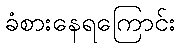
ခံစားနေရကြောင်း